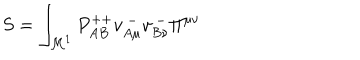
S = \int _ { { \cal M } ^ { 1 } } P _ { A B } ^ { + + } v _ { A \mu } ^ { ~ - } v _ { B \nu } ^ { ~ - } \Pi ^ { \mu \nu }